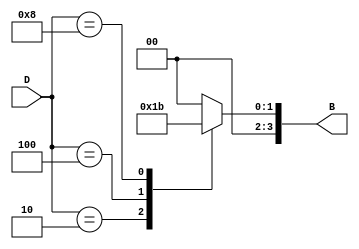
module DecimalToBinaryEncoder (
    input  wire [3:0] D,  // 4-bit input representing decimal digits (0-9)
    output reg  [3:0] B   // 4-bit output representing binary equivalent
);

    always @* begin
        // Default output
        B = 4'b0000;  // Default to binary 0 for invalid inputs
        
        case (D)
            4'b0001: B = 4'b0000; // Decimal 0
            4'b0010: B = 4'b0001; // Decimal 1
            4'b0100: B = 4'b0010; // Decimal 2
            4'b1000: B = 4'b0011; // Decimal 3
            4'b0001: B = 4'b0100; // Decimal 4
            4'b0010: B = 4'b0101; // Decimal 5
            4'b0100: B = 4'b0110; // Decimal 6
            4'b1000: B = 4'b0111; // Decimal 7
            4'b0001: B = 4'b1000; // Decimal 8
            4'b0010: B = 4'b1001; // Decimal 9
            default: B = 4'b0000; // Handle invalid input case
        endcase
    end

endmodule